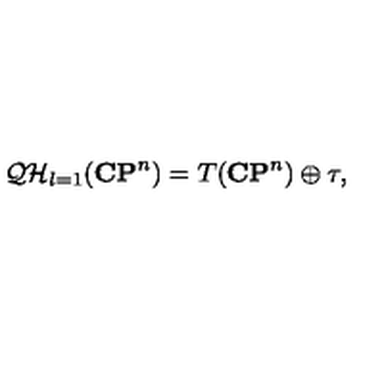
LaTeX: { \cal Q H } _ { l = 1 } ( { \bf C P } ^ { n } ) = T ( { \bf C P } ^ { n } ) \oplus \tau ,